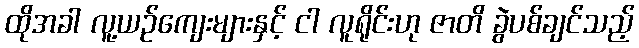
ထိုအခါ လူ့ယဉ်ကျေးများနှင့် ငါ လူရိုင်းဟု ဇာတိ ခွဲပစ်ချင်သည့်